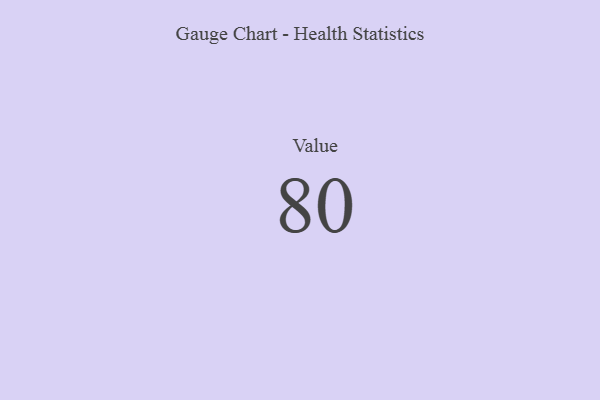
{"axis": {"x": "Metric", "y": "Value"}, "legend": [""], "data": [{"x": "Value", "y": 80, "type": ""}]}